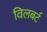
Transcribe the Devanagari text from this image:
विलबर्ट